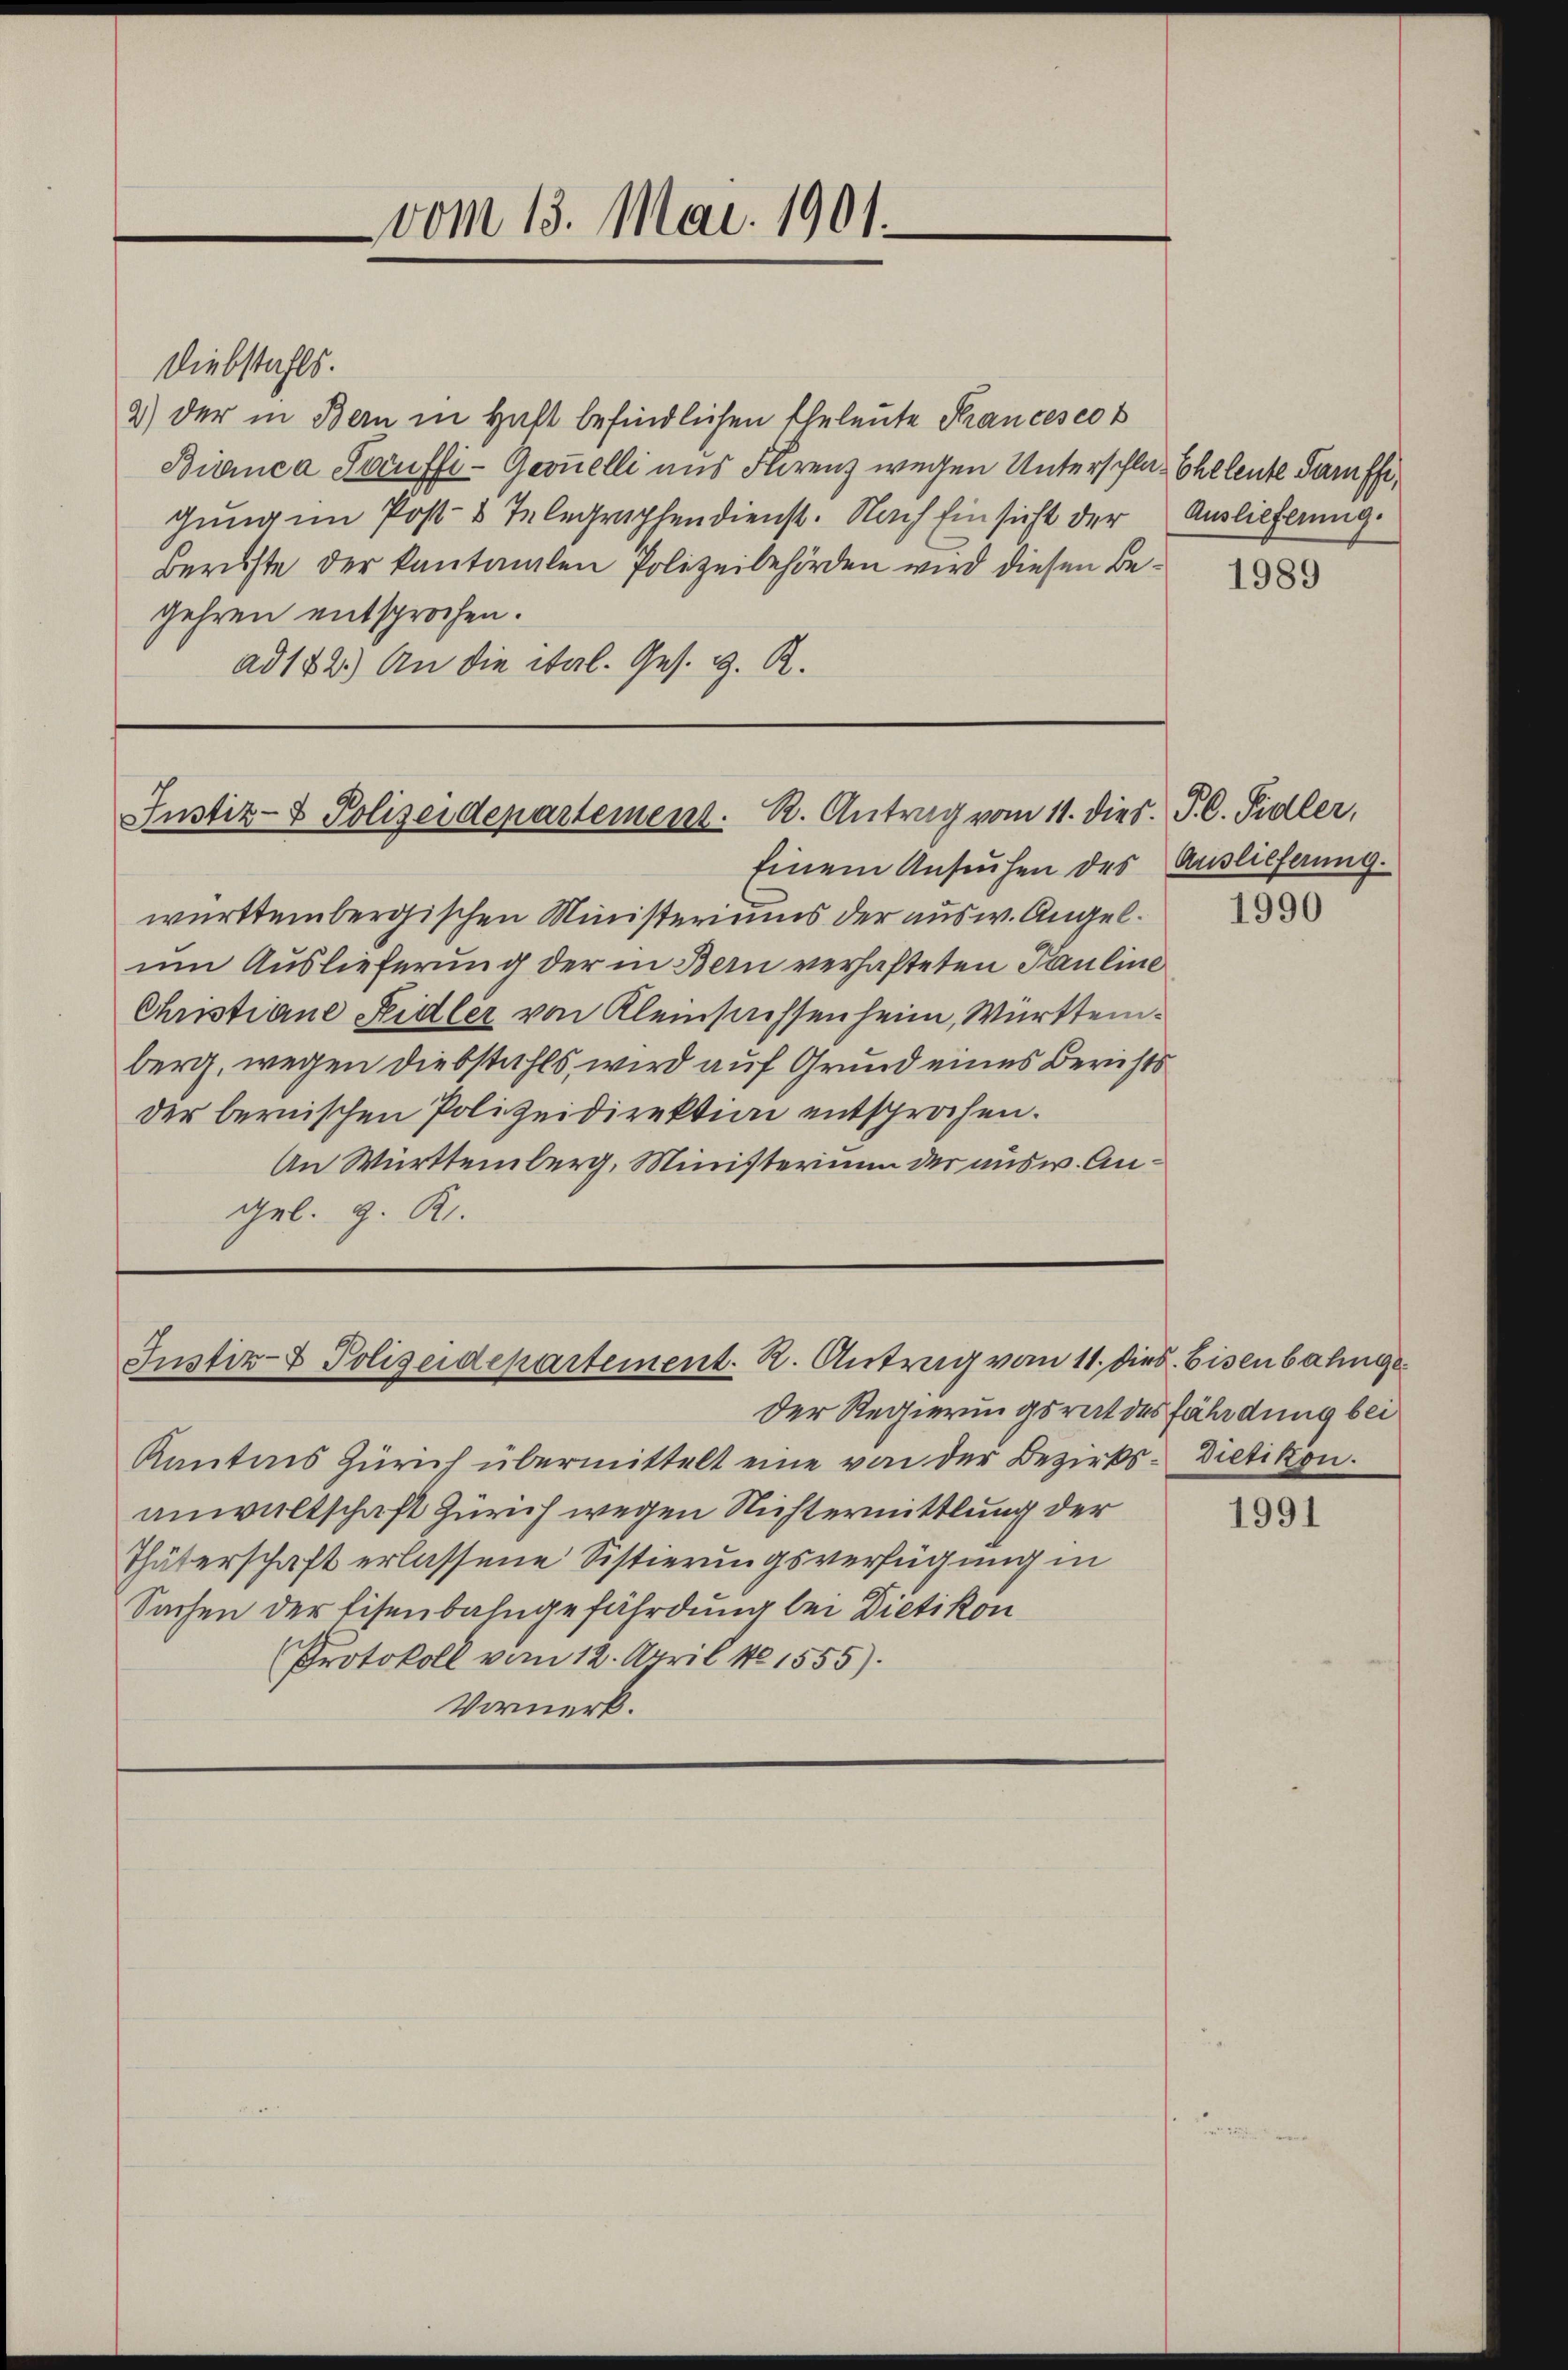
vom 13. Mai 1901.

Diebstahls.
2) der in Bern in Haft befindlichen Eheleute Thancescot
Bianca Souffi-Geonelli aus Flirenz wegen Unterschlas Eheleute Seiffe,
gung im Post- & Telegraphendienst. Nach Einsicht der Auslieferung.
Berichte der kantonalen Polizeibehörden wird diesen Begehren entsprochen.
ad 142.) An die ital. Ges. g. R.

Justiz- & Polizeidepartement. R. Antrag vom 11. dies. P. C. Sidler,

Einem Ansuchen des Auslieferung.
württembergischen Ministeriums der ausw. Angelum Auslieferung der in Bern verhafteten Pauline
Christiane Heidler von Kleinsachsenheim, Württemberg, wegen Diebstahls, wird auf Grund eines Berichts
der bernischen Polizeidirektion entsprochen.
An Württemberg, Ministerium der ausw. Angeb. G. K.

Justiz- & Polizeidepartement. R. Antrag vom 11. Diet. Eisenbahnge

Der Regierungsrat des fährdung bei
Kantons Zürich übermittelt eine von der Bezirks-Dietikon.
anwaltschaft Zürich wegen Nichtermittlung der
Thäterschaft erlassene Sistierungsverfügung in
Sachen der Eisenbahngefährdung bei Dietikon
Protokoll vom 12. April 181555).
Vormerk.

1989

1990

1991